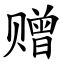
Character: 赠